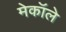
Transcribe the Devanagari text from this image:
मेकॉले